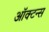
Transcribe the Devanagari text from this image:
ऑक्टन्स